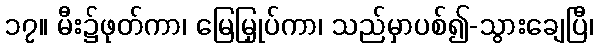
၁၇။ မီး၌ဖုတ်ကာ၊ မြေမြှုပ်ကာ၊ သည်မှာပစ်၍-သွားချေပြီ၊